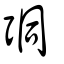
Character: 𢏕